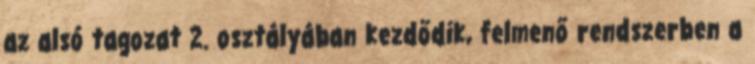
az alsó tagozat 2. osztályában kezdődik, felmenő rendszerben a